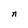
Character: n